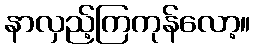
နာလှည့်ကြကုန်လော့။